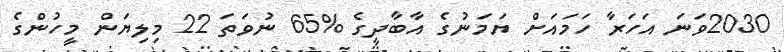
2030ވަނަ އަހަރާ ހަމައަށް ޔަމަނުގެ އާބާދީގެ %65 ނުވަތަ 22 މިލިޔަން މީހުންގެ